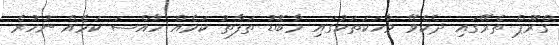
ގްރޫޕް ތެރޭގައި ދެކެވޭ ވާހަކަތަކުގައި މާބޮޑު ތަފާތު ކަމެއް ހާއްސަ ކަމެއް ނުހުރެ